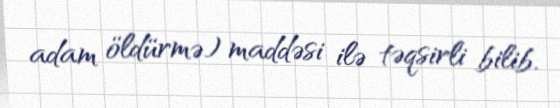
adam öldürmə) maddəsi ilə təqsirli bilib.